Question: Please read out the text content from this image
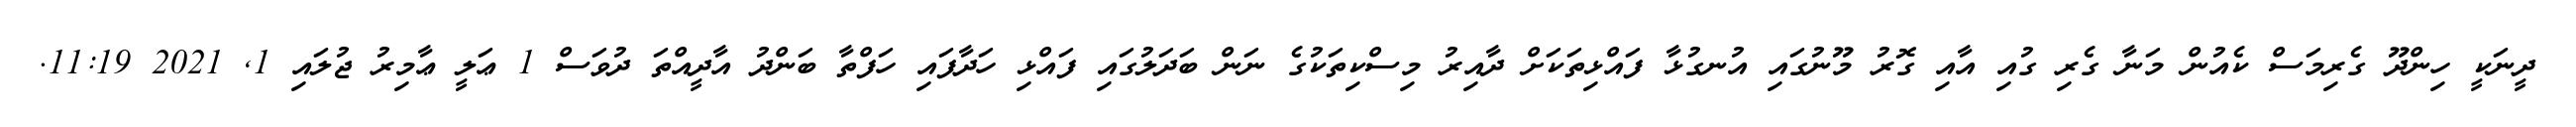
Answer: ދީނަކީ ހިންދޫ ގެރިމަސް ކެއުން މަނާ ގެރި ގުއި އާއި ގޮރު މޫނުގައި އުނގުޅާ ފައްޅިތަކަށް ދާއިރު މިސްކިތަކުގެ ނަން ބަދަލުގައި ފައްޅި ހަދާފައި ހަފްތާ ބަންދު އާދީއްތަ ދުވަސް 1 ޢަލީ ޢާމިރު ޖުލައި 1, 2021 11:19.